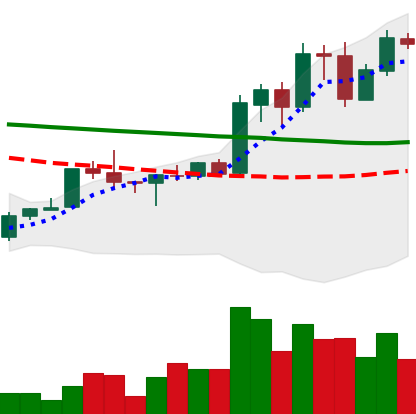
Ticker: ADA-USD
Chart end date: 2020-01-22
Forward return: 4.946%
Label: up_3_5